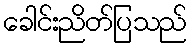
ခေါင်းညိတ်ပြသည်